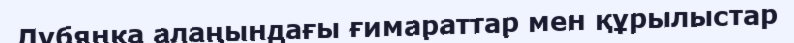
Лубянка алаңындағы ғимараттар мен құрылыстар